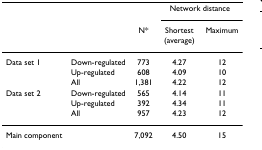
<table><thead><tr><td></td><td></td><td></td><td colspan="2"><b>Network distance</b></td></tr><tr><td></td><td></td><td><b>N*</b></td><td><b>Shortest (average)</b></td><td><b>Maximum</b></td></tr></thead><tbody><tr><td>Data set 1</td><td>Down-regulated</td><td>773</td><td>4.27</td><td>12</td></tr><tr><td></td><td>Up-regulated</td><td>608</td><td>4.09</td><td>10</td></tr><tr><td></td><td>All</td><td>1,381</td><td>4.22</td><td>12</td></tr><tr><td>Data set 2</td><td>Down-regulated</td><td>565</td><td>4.14</td><td>11</td></tr><tr><td></td><td>Up-regulated</td><td>392</td><td>4.34</td><td>11</td></tr><tr><td></td><td>All</td><td>957</td><td>4.23</td><td>12</td></tr><tr><td>Main component</td><td></td><td>7,092</td><td>4.50</td><td>15</td></tr></tbody></table>